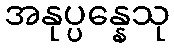
အနုပ္ပန္နေသု